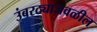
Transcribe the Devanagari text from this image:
उंबरठ्याजवळील